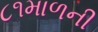
૮૧માળની